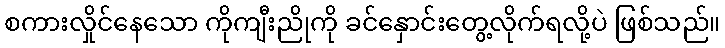
စကားလှိုင်နေသော ကိုကျီးညိုကို ခင်နှောင်းတွေ့လိုက်ရလို့ပဲ ဖြစ်သည်။